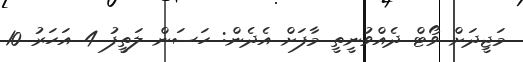
މަޖީދަށް ވޯޓް ދެއްވުނީތީ މާފަށް އެދެން: ހަސަން ލަތީފު 4 އަހަރު 10